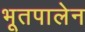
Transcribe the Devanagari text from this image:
भूतपालेन